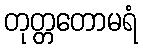
တုတ္တတောမရံ